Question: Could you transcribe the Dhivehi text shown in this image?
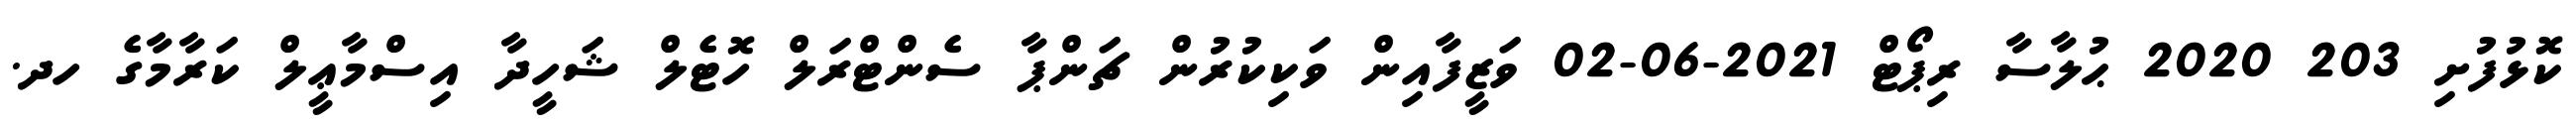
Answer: ކޮޅުފުށި 203 2020 ޙުލާސާ ރިޕޯޓް 2021-06-02 ވަޒީފާއިން ވަކިކުރުން ޗަންޕާ ސެންޓްރަލް ހޮޓެލް ޝަހީދާ އިސްމާޢީލް ކަރާމާގެ ހދ.